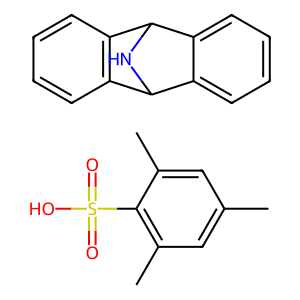
SMILES: Cc1cc(C)c(S(=O)(=O)O)c(C)c1.c1ccc2c(c1)C1NC2c2ccccc21
Inhibits HIV replication: No